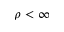
\rho < \infty